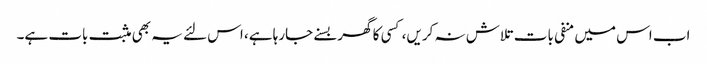
اب اس میں منفی بات تلاش نہ کریں، کسی کا گھر بسنے جارہا ہے، اس لئے یہ بھی مثبت بات ہے۔